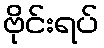
ဗိုင်းရပ်